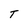
Character: T